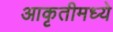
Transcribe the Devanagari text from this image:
आकृतीमध्ये